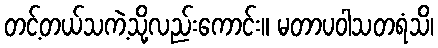
တင့်တယ်သကဲ့သို့လည်းကောင်း။ မတာပဝါသတရံသိ၊